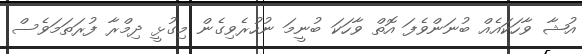
އުޝާ ވާހަކައެއް ބުނަންވެފަ އޮތް ވާހަކަ ބުނީމަ ނުހުރެވިގެން މިގުޅީ ދިމްރާ ފުރަތަމަވެސް